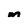
Character: m